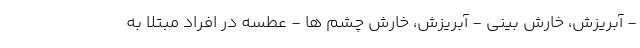
- آبریزش، خارش بینی - آبریزش، خارش چشم ها - عطسه در افراد مبتلا به